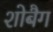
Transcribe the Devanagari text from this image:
शोबैग